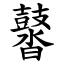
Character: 䶁